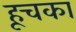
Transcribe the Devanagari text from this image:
हूचका